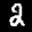
Label: 2